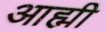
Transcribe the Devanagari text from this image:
आह्मी